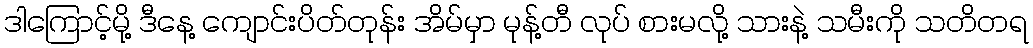
ဒါကြောင့်မို့ ဒီနေ့ ကျောင်းပိတ်တုန်း အိမ်မှာ မုန့်တီ လုပ် စားမလို့ သားနဲ့ သမီးကို သတိတရ